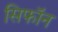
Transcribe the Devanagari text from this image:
सिफॉन